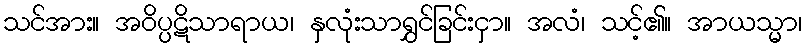
သင်အား။ အဝိပ္ပဋိသာရာယ၊ နှလုံးသာရွှင်ခြင်းငှာ။ အလံ၊ သင့်၏။ အာယသ္မာ၊